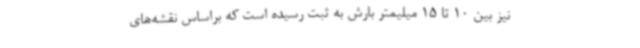
نیز بین 10 تا 15 میلیمتر بارش به ثبت رسیده است که براساس نقشه‌های